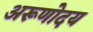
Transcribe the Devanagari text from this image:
अरूणोदय